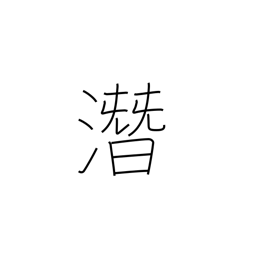
Meaning: hush